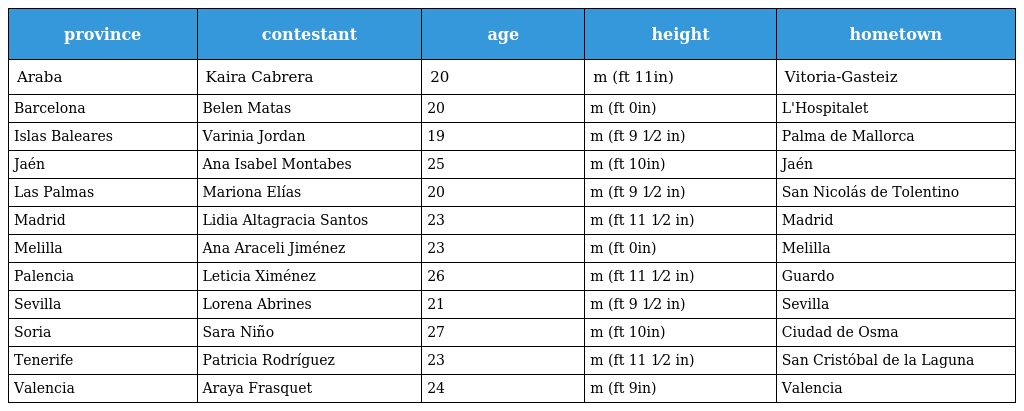
| province | contestant | age | height | hometown |
 | --- | --- | --- | --- | --- |
 | Araba | Kaira Cabrera | 20 | m (ft 11in) | Vitoria-Gasteiz |
 | Barcelona | Belen Matas | 20 | m (ft 0in) | L'Hospitalet |
 | Islas Baleares | Varinia Jordan | 19 | m (ft 9 1⁄2 in) | Palma de Mallorca |
 | Jaén | Ana Isabel Montabes | 25 | m (ft 10in) | Jaén |
 | Las Palmas | Mariona Elías | 20 | m (ft 9 1⁄2 in) | San Nicolás de Tolentino |
 | Madrid | Lidia Altagracia Santos | 23 | m (ft 11 1⁄2 in) | Madrid |
 | Melilla | Ana Araceli Jiménez | 23 | m (ft 0in) | Melilla |
 | Palencia | Leticia Ximénez | 26 | m (ft 11 1⁄2 in) | Guardo |
 | Sevilla | Lorena Abrines | 21 | m (ft 9 1⁄2 in) | Sevilla |
 | Soria | Sara Niño | 27 | m (ft 10in) | Ciudad de Osma |
 | Tenerife | Patricia Rodríguez | 23 | m (ft 11 1⁄2 in) | San Cristóbal de la Laguna |
 | Valencia | Araya Frasquet | 24 | m (ft 9in) | Valencia |